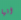
انها